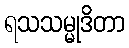
ရသသမ္မုဒိတာ